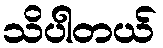
သိပါတယ်